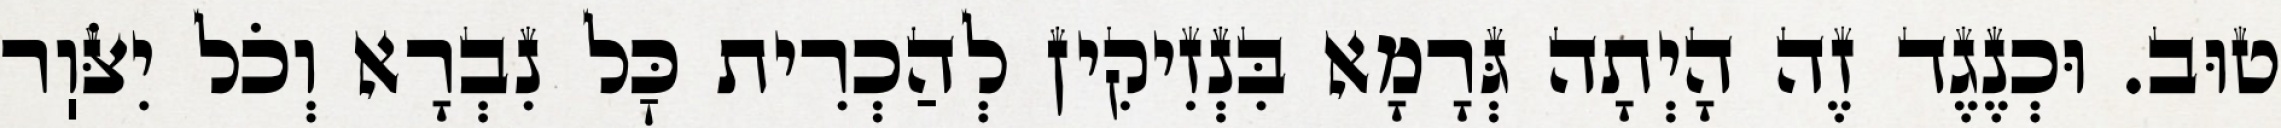
טוּב. וּכְנֶגֶד זֶה הָיְתָה גְּרָמָא בִּנְזִיקִין לְהַכְרִית כׇּל נִבְרָא וְכֹל יִצֹּוֽר